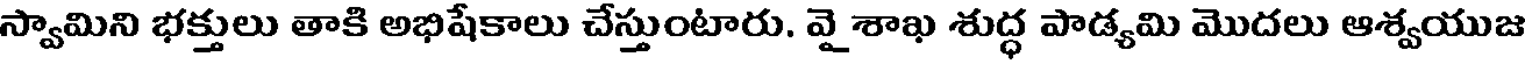
స్వామిని భక్తులు తాకి అభిషేకాలు చేస్తుంటారు. వై శాఖ శుద్ధ పాడ్యమి మొదలు ఆశ్వయుజ